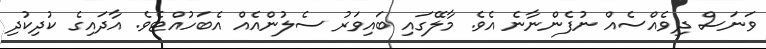
ވަނަސް ދިވެއްސެއް ނުފެންނާނެ އެވެ. މާލޭގައި ބައިވަރު ސެލުންއެއް އެބަހުއްޓެވެ. އާދައިގެ ކުދިކުދި